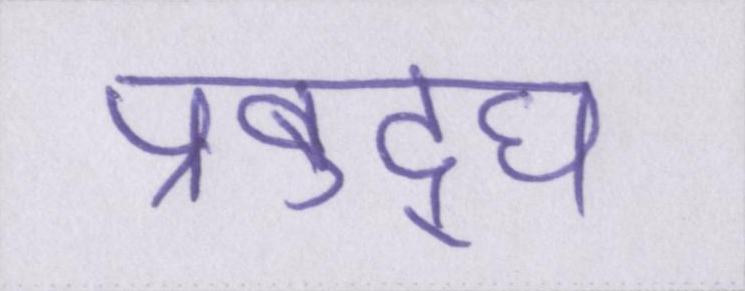
प्रबुद्घ